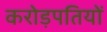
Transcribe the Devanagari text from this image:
करोड़पतियों